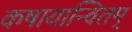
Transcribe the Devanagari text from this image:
कषायान्वितम्